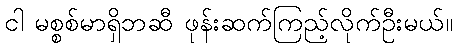
ငါ မစ္စစ်မာရှိဘဆီ ဖုန်းဆက်ကြည့်လိုက်ဦးမယ်။